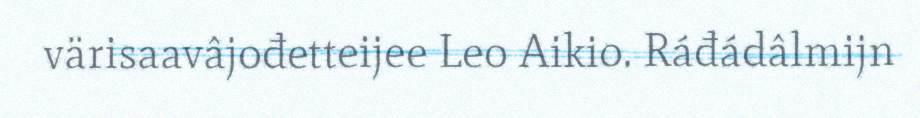
värisaavâjođetteijee Leo Aikio. Ráđádâlmijn